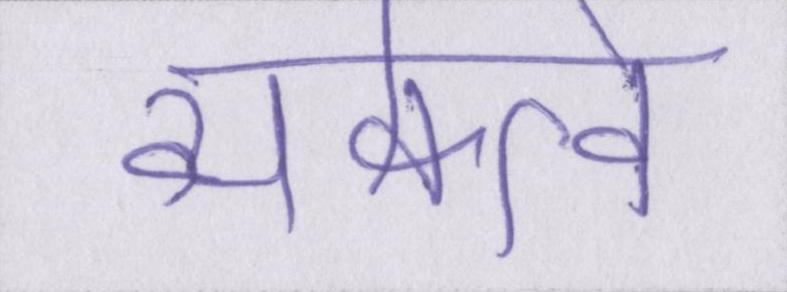
व्यक्त्वि